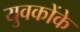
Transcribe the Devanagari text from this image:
युवकोंके